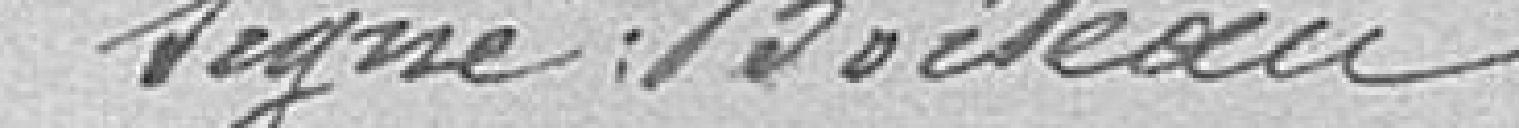
signé : Boileau